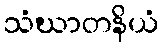
သံဃာတနိယံ